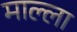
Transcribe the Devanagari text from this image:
माल्ला